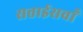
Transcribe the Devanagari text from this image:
सत्ताईसवाँ